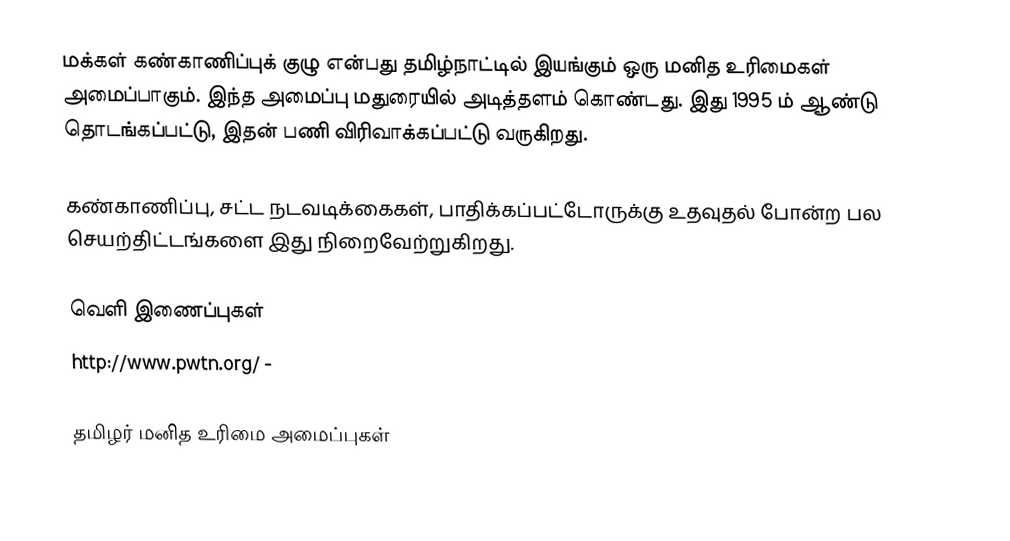
மக்கள் கண்காணிப்புக் குழு என்பது தமிழ்நாட்டில் இயங்கும் ஒரு மனித உரிமைகள் அமைப்பாகும்.  இந்த அமைப்பு மதுரையில் அடித்தளம் கொண்டது.  இது 1995 ம் ஆண்டு தொடங்கப்பட்டு, இதன் பணி விரிவாக்கப்பட்டு வருகிறது.

கண்காணிப்பு, சட்ட நடவடிக்கைகள், பாதிக்கப்பட்டோருக்கு உதவுதல் போன்ற பல செயற்திட்டங்களை இது நிறைவேற்றுகிறது.

வெளி இணைப்புகள்
 http://www.pwtn.org/  -

தமிழர் மனித உரிமை அமைப்புகள்